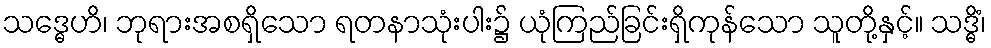
သဒ္ဓေဟိ၊ ဘုရားအစရှိသော ရတနာသုံးပါး၌ ယုံကြည်ခြင်းရှိကုန်သော သူတို့နှင့်။ သဒ္ဓိံ၊